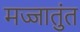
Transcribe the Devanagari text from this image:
मज्जातुंत